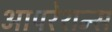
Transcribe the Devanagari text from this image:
आपरेशन्स